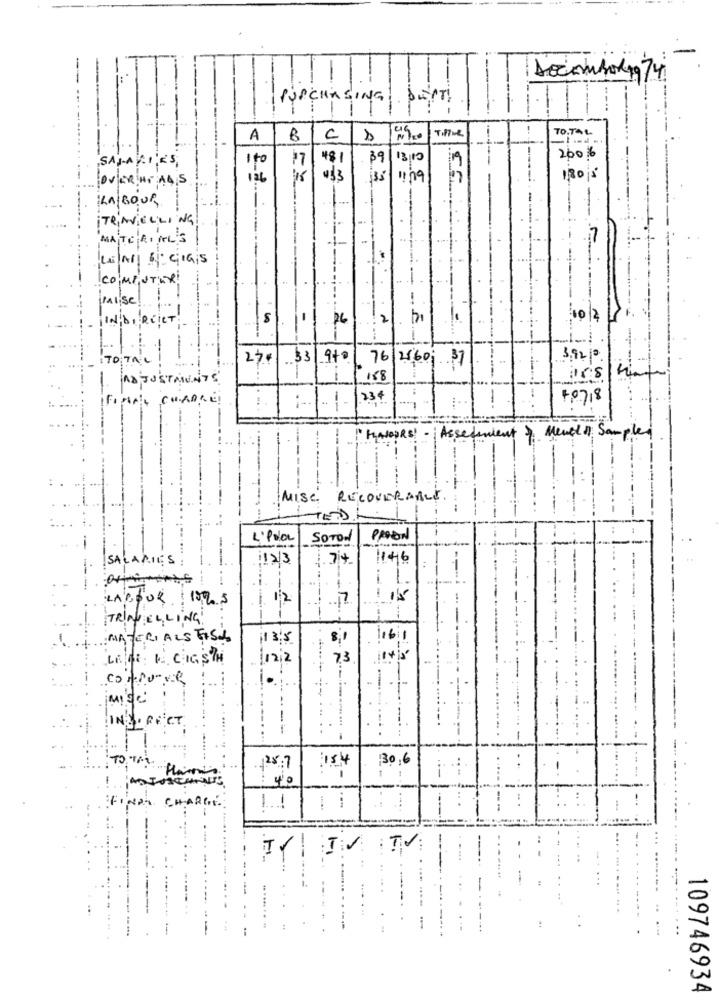
PURCHASING PUNTI
TOTAL
A
B
CD Mx
48 1
39
13/10
2006
SALARIES,
17
OVER HT 44,5
$3
18015
...!
LABOUR
¡TRAVELLING
MATERIALS
LETAL 6: GIG;S
COMPUTER
mailse
-
INDIRECT :-
S
26
102
---.
...
TOTAL
27.4 .33 970
76/2/60; 37
3,9210
AD JUSTAINTE
188
ars
IFIMAle Conoce!
234
...
" FAVOURS! -
Assediment
Menela Sampled
MISC RECOVERABLE
TEDD
... .
L'Pola
SOTON
PROCON
-
SALARIES
12/3
1.7+
1146
--- --.
LABOUR 15% S
12
TRINKELLING
ECIALS FISK
¡1 3:5
8,1
LATTE K CIGSTH
7.3
concurve
imise
INDIRECT
. !
. ..
.
1
---
28.7
154
30,6
40
--
NOS CHARGE
1
-
...
. .
..
109746934